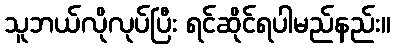
သူဘယ်လိုလုပ်ပြီး ရင်ဆိုင်ရပါမည်နည်း။